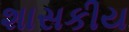
શાસકીય